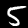
Label: 5